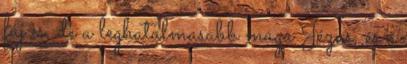
fáj is, de a leghatalmasabb maga Jézus, és ő